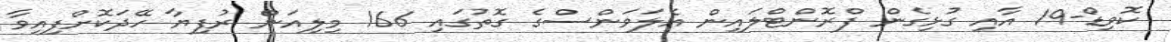
ކޮވިޑް-19 އާއި ގުޅިގެން ފްރޮންޓްލައިން އެލަވަންސްގެ ގޮތުގައި 166 މިލިއަންް ރުފިޔާ ހޭދަކޮށްފިއިވާ